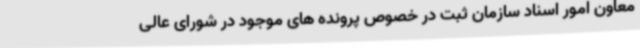
معاون امور اسناد سازمان ثبت در خصوص پرونده های موجود در شورای عالی